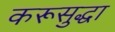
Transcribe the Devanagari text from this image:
करूसुद्धा